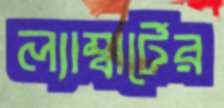
ল্যাম্বার্টের